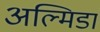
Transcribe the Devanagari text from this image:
अल्मिडा